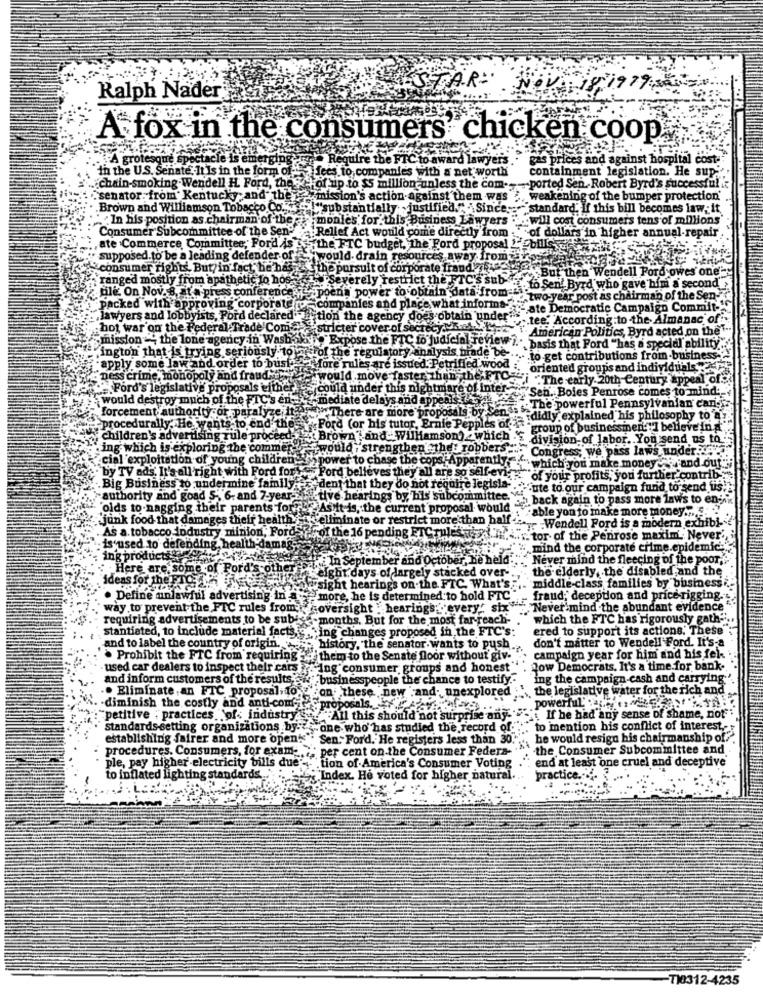
STAR
Nº
Ralph Nader
A fox in the consumers chicken coop
A grotesque spe
Require the FTC to award lawyers .· gas prices and against hospital cost-
in the U.S. Senate, It Is in the form of- fees to, companies with a net worth
containment legislation. He sup."
"chain-smoking.Wendell H. Ford, the - of up to $5 million unless the com -- - ported Sen. Robert Byrd's successful .
senator. from' Kentucky and the mission's action against them was > weakening of the bumper protection'
Brown and Williamson Tobacco Co. . "substantially justified." Since:standard. If this bill becomes law. it
"In his position as chairman of the monles for.this Business Lawyers "".will cost consumers tens of millions'
Consumer Subcommittee of the Sen'
"of dollars in higher annual-repair
Relief Act would come directly from
ate Commerce Committee, Ford As & the FTC
budget, the Ford proposal L'Ebills'
supposed to be a leading defender of
ould-drain resour
ces away from
consumer rights. But, in fact, he has
suit of cor
te fraudu
But then Wendell Pord
es one-
ranged mostly from apathetic to hos-
"severely restrict the IC's sub ff, o Sen' Byrd who gave him a second
ple On Nov. 8, at a press conference;
er to obtain data from : two-year post as chairman of the Sen-
packed with approving corporate - compa
les and place what informa-
- ate Democratic Campaign Commit-
lawyers and lobbyists, Pord declared Portion the agency does obtain under" ...
.tee. According to the Almanac off
hot war on the Federal trade Com -stricter cover of secrecyMely
American Politics, Byrd acted on the"
mission =" the lone agency in Wash &
the FTC to judicial review i." basis that Ford "has a special ability ...
ington that is trying seriously to attrof the regulatory analysis brade be .... to get contributions from-business-
apply some law and order to busto fore
e issued. Petrified wood
.. oriented groups and individuals
pess crime, monopoly and fraud two
ould .mo
ve faster than the oghi "The early 20th-Century appeal of:
Ford's legislative proposals either
could un
would destroy much of the FTC's en-
ate delays and appeals 1.
te are more proposals bis hais: The powerful Pennsylvanian carig.
ler this nightmare of interSen. Boles Penrose comes to mind:
forcement authority or paralyze it
~The
procedurally; He wants to end the. Ford (or his tutor, Ernie Pepples or idexplained, his philosophy to
group of businessinen: "I believe in "
children's advertising rule proceed
" Brown , and- Williamson) which
division of labor. You send us to
ing which is exploring the commer
strengthen "the! robbers
Congress; we pass laws under.
cial exploitation of young children
. by TV ads. It's all'right with Ford fort." Ford believes they all are so self-evis
power to chase the cops; Apparently, " which you make money "in and out "
of your profits, you further contrib:
Big Business to undermine family dent that they do not require legisla -.-
"ute to our campaign fund to send us;
authority and goad 5 -, 6. and 7-year-)
ctive hearings by his subcommittee.
a back again to pass more laws to enji
'olds to nagging their parents for"" As it is, the current proposal would .
· able yon to make more money.". . ..
junk food that damages their health f as eliminate or restrict more than half .
Wendell Ford is a modern exhibi --
As a. tobacco industry minion, Ford , of the 16 pending ETC
". tor- of the Penrose maxim. Never',
is used to defending health damag
"mind the corporate crime.epidemic-"
ing products
In September and October, He held
Never mind the fleecing of the poor."
Here are some of Ford's
eight days of largely stacked over-
the elderly, the disabled and the
ideas for the PICTURE
wsight hearings on the FTC. What's
middle-class families by business ...
. Define unlawful advertising in a
more, he is determined to hold FTC"
fraud; deception and pricerigging .:
way to prevent the FTC rules from; aoversight : hearings " every' six
. Never'mind the abundant evidence "."
requiring advertisements to be subis
months. But for the most far reach-
which the FTC has rigorously gath"".
stantiated, to include material facts,e. "ing changes proposed in the FTC's:
ered to support its actions. These"
don't matter to Wendell Ford. It's-a
and to label the country of origin. >> history, the senator wants to push.
. Prohibit the FTC from requiring - ' them to the Senate Door without giv-
campaign year for him and his fel-
used car dealers to inspect their cars ?" lng" consumer groups and honest"
low Democrats, It's a time for bank-
and inform customers of the results, she businesspeople the chance to testify .-
ing the campaign-cash and carrying'.
. the legislative water for the rich and.
. diminish the costly and anti-com-
.. Eliminate, an FTC proposal to " on these new and. unexplored ....
powerful pe %
proposals. "value.
:"petitive ; practices "of industry
All this should not surprise any ''. If he had any sense of shame, not"
standards-setting organizations by- & one who has studied the record of.""" to mention his conflict of interest,
establishing fairer and more open" . Sen. Ford. He registers less than 30."
"he would resign his chairmanship of?".
procedures. Consumers, for exam- >" per cent on the Consumer Federa- "
the Consumer Subcommittee and
end at least one cruel and deceptive
ple, pay higher electricity bills due"-"tion of America's Consumer Voting
to inflated lighting standards ...
Index. He voted for higher natural.
practice."
TI0312-4235